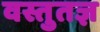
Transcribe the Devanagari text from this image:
वस्तुतज्ञ